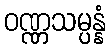
ဝဏ္ဏသမ္ပန္နံ